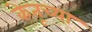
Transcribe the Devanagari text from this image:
केतूच्या